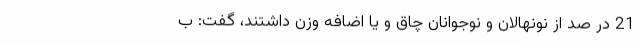
21 در صد از نونهالان و نوجوانان چاق و یا اضافه وزن داشتند، گفت: ب